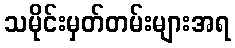
သမိုင်းမှတ်တမ်းများအရ